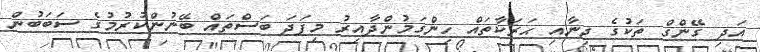
އަދި ގޭންގް ތަކުގެ ޖިނާއި ޙަރަކާތައް ހިންގަމުންދާއިރު މިފަދަ ބަސްތައް ބޭނުންކުރުމުގެ ސަބަބުން